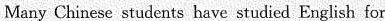
Many Chinese students have studied English for